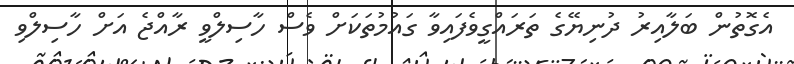
އެގޮތުން ބަލާއިރު ދުނިޔޭގެ ތަރައްގީވެފައިވާ ގައުމުތަކަށް ވެސް ހާސިލްވީ ރާއްޖެ އަށް ހާސިލްވި